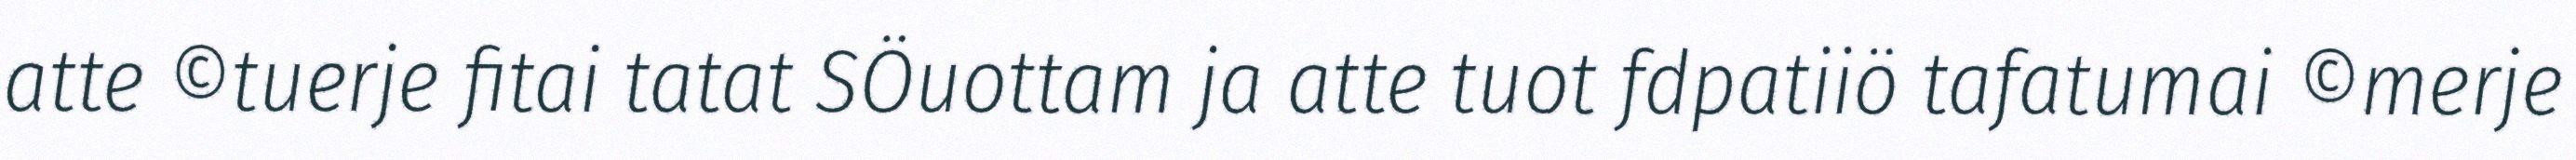
atte ©tuerje fitai tatat SÖuottam ja atte tuot fdpatiiö tafatumai ©merje